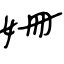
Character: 姍